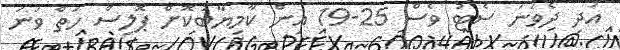
އަދި ދެވަނަ ސެޓު ވެސް 25-19 އިން ކާމިޔާބުކޮށް ޕޮލިސް ހަތް ވަނަ